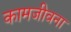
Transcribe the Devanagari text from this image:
कामजीवना